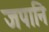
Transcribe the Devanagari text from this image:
जपानि